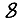
Digit: 8